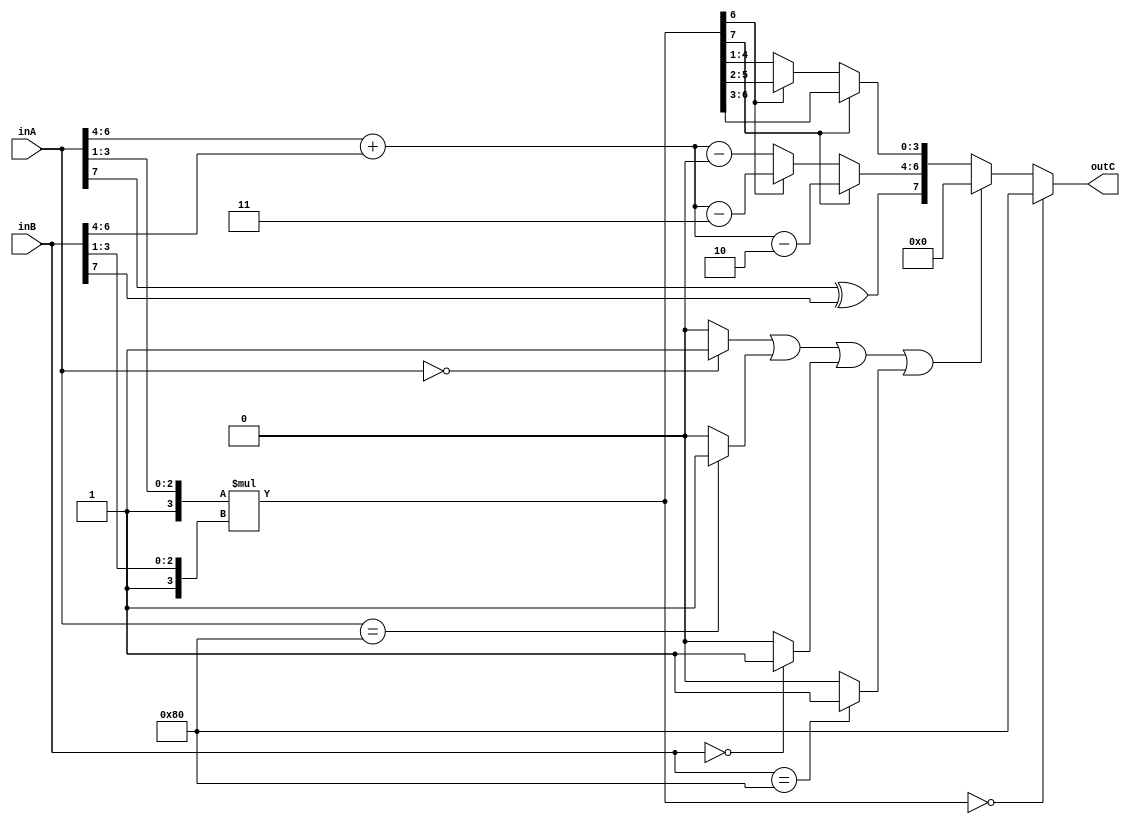
module fp_multiplier(
    input [7:0] inA,    // First input
    input [7:0] inB,    // Second input
    output [7:0] outC  // Product
);

    // Extract fields of A and B.
    wire Asign;
    wire [2:0] Aexp;
    wire [3:0] Afrac;
    wire Bsign;
    wire [2:0] Bexp;
    wire [3:0] Bfrac;

    wire zero;
    wire z1;
    wire z2;
    wire z3;
    wire z4;
    assign z1 = (inA == 8'b00000000) ? 1 : 0;
    assign z2 = (inA == 8'b10000000) ? 1 : 0;
    assign z3 = (inB == 8'b00000000) ? 1 : 0;
    assign z4 = (inB == 8'b10000000) ? 1 : 0;
    assign zero = z1 | z2 | z3 | z4;

    assign Asign = inA[7];
    assign Aexp = inA[6:4];
    assign Afrac = {1'b1, inA[3:1]};
    assign Bsign = inB[7];
    assign Bexp = inB[6:4];
    assign Bfrac = {1'b1, inB[3:1]};

    // XOR sign bits to determine product sign.
    wire outSign;
    assign outSign = Asign ^ Bsign;

    // Multiply the fractions of A and B
    wire [7:0] pre_prod_frac;
    assign pre_prod_frac = Afrac * Bfrac;

    // Add exponents of A and B
    wire [3:0]  pre_prod_exp;
    assign pre_prod_exp = Aexp + Bexp;

    // check for overflow, shift right if yes and normalize if no
    wire [2:0]  outExp;
    wire [3:0] outFrac;
    assign outExp = pre_prod_frac[7] ? (pre_prod_exp-3'd2) :(pre_prod_frac[6] ? (pre_prod_exp-3'd3) : (pre_prod_exp - 2'd4));
    assign outFrac = pre_prod_frac[7] ? (pre_prod_frac[6:3]) : (pre_prod_frac[6] ? pre_prod_frac[5:2] : pre_prod_frac[4:1]); //shift bits if not leading 1

    // Detect underflow
    wire underflow;
    assign underflow = (pre_prod_exp < 4'b1101); //check if exponent is less than -3
    
    wire overflow;
    assign overflow = ((pre_prod_exp > 4'b1010) ? 1'b1 : 1'b0) || (pre_prod_frac > 4'b1111);

    // Detect zero conditions (either product frac doesn't start with 1, or underflow)
    assign outC = (pre_prod_frac == 10'b0) ? 8'b10000000 :
                  (zero ? 8'b00000000 : {outSign, outExp, outFrac});

endmodule